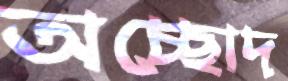
অচ্ছোদ